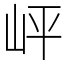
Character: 岼